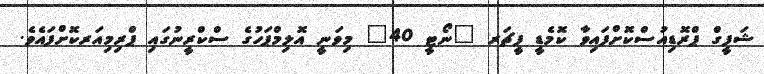
ޝަފީގް ޕްރޮޑިއުސްކޮށްފައިވާ ކޮމެޑީ ފީޗަރ "ނޯޓީ 40" މިވަނީ އޮލިމްޕަހުގެ ސްކްރީނުގައި ޕްރިމިއަރކޮށްފައެވެ.